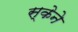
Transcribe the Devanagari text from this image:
स्केने